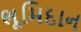
ભૂમિદાન